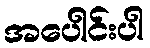
အပေါင်းပါ